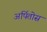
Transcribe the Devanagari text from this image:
अर्पितोस